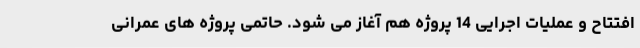
افتتاح و عملیات اجرایی 14 پروژه هم آغاز می شود. حاتمی پروژه های عمرانی